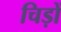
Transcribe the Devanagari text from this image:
चिड़ों